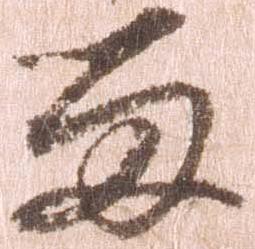
留